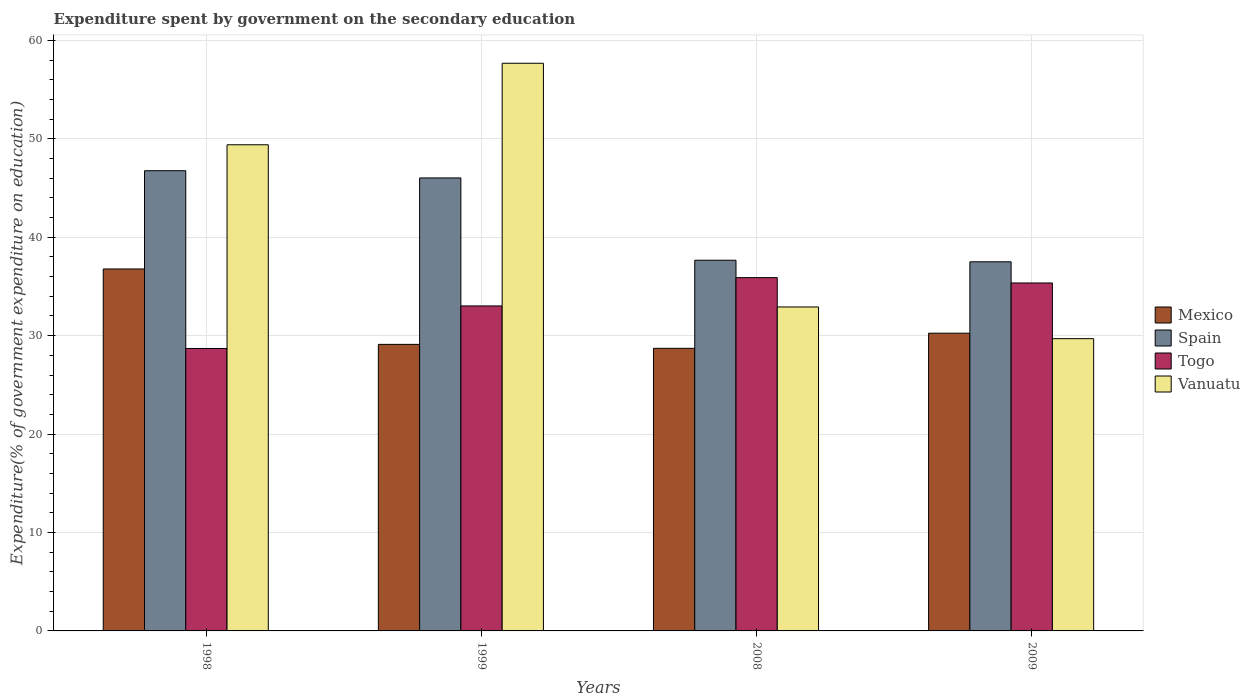
| Years | Mexico | Spain | Togo | Vanuatu |
 | --- | --- | --- | --- | --- |
 | 1998 | 36.8 | 46.8 | 28.7 | 49.4 |
 | 1999 | 29.1 | 46 | 33 | 57.7 |
 | 2008 | 28.7 | 37.7 | 35.9 | 32.9 |
 | 2009 | 30.2 | 37.5 | 35.4 | 29.7 |